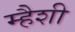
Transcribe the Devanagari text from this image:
म्हैशी